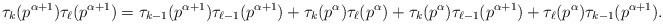
LaTeX: \begin{align*} \tau_k(p^{\alpha+1}) \tau_{\ell}(p^{\alpha+1})= \tau_{k-1}(p^{\alpha+1}) \tau_{\ell-1}(p^{\alpha+1})+ \tau_k(p^{\alpha}) \tau_{\ell}(p^{\alpha}) +\tau_k(p^{\alpha}) \tau_{\ell-1}(p^{\alpha+1})+\tau_{\ell}(p^{\alpha}) \tau_{k-1}(p^{\alpha+1}).\end{align*}